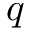
q